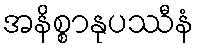
အနိစ္စာနုပဿီနံ